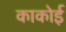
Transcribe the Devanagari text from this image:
काकोई